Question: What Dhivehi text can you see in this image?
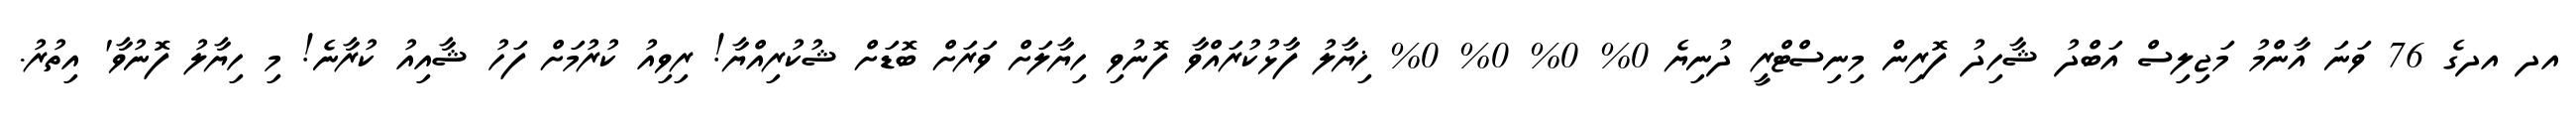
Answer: އދ އދގެ 76 ވަނަ އާންމު މަޖިލިސް އަބްދު ޝާހިދު ފޮރިން މިނިސްޓްރީ ދުނިޔެ 0% 0% 0% 0% ޚިޔާލު ފާޅުކުރައްވާ ފޮނުވި ހިޔާލަށް ވަރަށް ބޮޑަށް ޝުކުރިއްޔާ! ރިވިއު ކުރުމަށް ފަހު ޝާއިއު ކުރާނެ! މި ހިޔާލު ފޮނުވާ' އިތުރު.